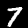
Label: 7